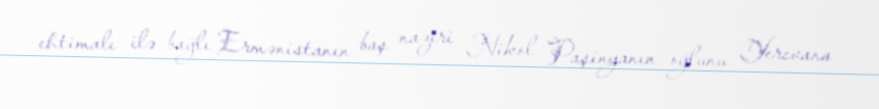
ehtimalı ilə bağlı Ermənistanın baş naziri Nikol Paşinyanın oğlunu Yerevana